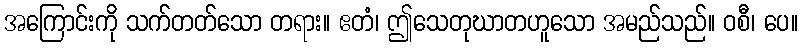
အကြောင်းကို သက်တတ်သော တရား။ ဧတံ၊ ဤသေတုဃာတဟူသော အမည်သည်။ ဝစီ၊ ပေ။